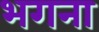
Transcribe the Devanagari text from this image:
भगना